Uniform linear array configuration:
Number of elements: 48
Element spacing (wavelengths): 0.25
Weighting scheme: kaiser
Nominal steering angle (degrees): -15
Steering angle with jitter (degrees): -13.467
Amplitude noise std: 0.05
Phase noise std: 0.05

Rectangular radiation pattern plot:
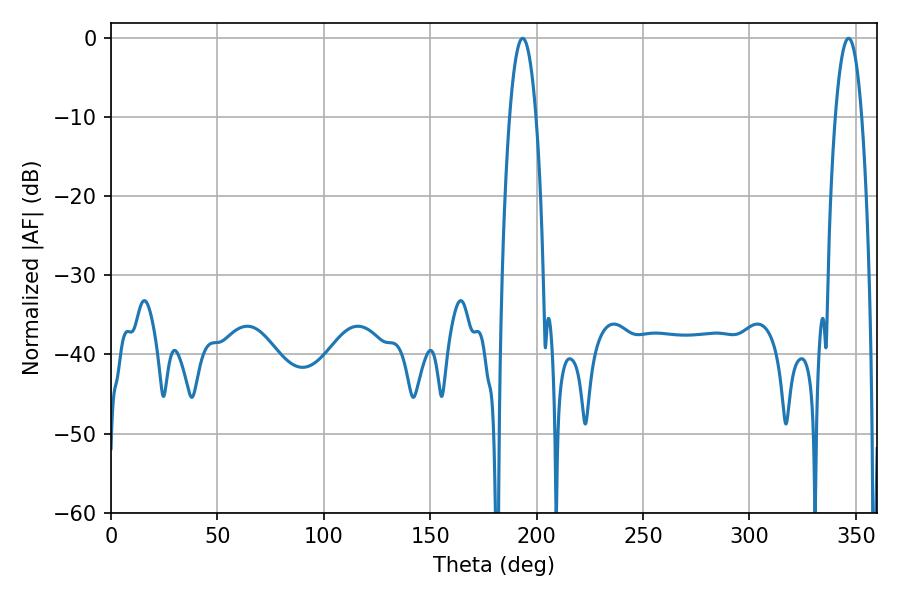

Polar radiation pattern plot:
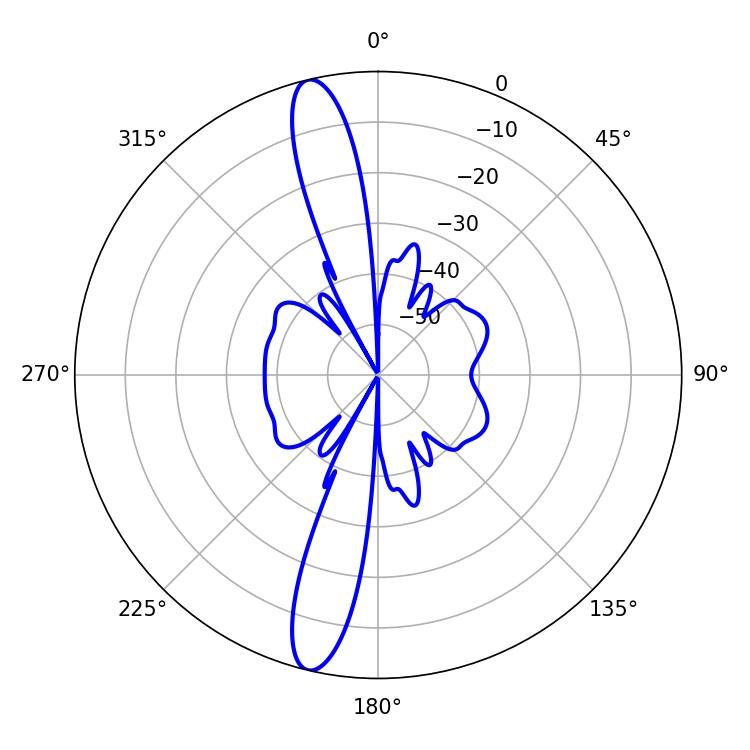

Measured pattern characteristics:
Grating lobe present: FALSE
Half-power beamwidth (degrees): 6.84
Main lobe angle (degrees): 193.5